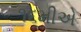
૧૬મીએ